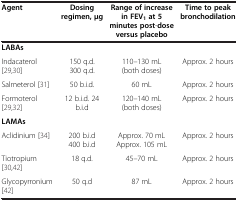
| Agent | Dosing regimen,μg | Range of increase in FEV1at 5 minutes post-dose versus placebo | Time to peak bronchodilation |
 | --- | --- | --- | --- |
 | LABAs |  |  |  |
 | Indacaterol [29,30] | 150 q.d. 300 q.d. | 110–130 mL (both doses) | Approx. 2 hours |
 | Salmeterol [31] | 50 b.i.d. | 60 mL | Approx. 2 hours |
 | Formoterol [29,32] | 12 b.i.d. 24 b.i.d | 120–140 mL (both doses) | Approx. 2 hours |
 | LAMAs |  |  |  |
 | Aclidinium [34] | 200 b.i.d 400 b.i.d | Approx. 70 mL Approx. 105 mL | Approx. 2 hours |
 | Tiotropium [30,42] | 18 q.d. | 45–70 mL | Approx. 2 hours |
 | Glycopyrronium [42] | 50 q.d | 87 mL | Approx. 2 hours |